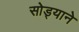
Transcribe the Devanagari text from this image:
सोड्याने